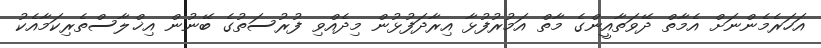
އަހަރެމެންނަށް އެމާތް ދޭވަތާއީންގެ މާތް އަމުރުފުޅާ އިރާދަފުޅުން މިދެއްވި ފުރުސަތުގެ ބޭނުން އިޚްލާސްތެރިކަމާއެކު